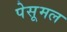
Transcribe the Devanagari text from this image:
पेसूमल